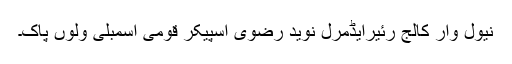
نیول وار کالج رئیرایڈمرل نوید رضوی اسپیکر قومی اسمبلی ولوں پاک۔